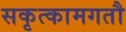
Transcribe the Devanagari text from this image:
सकृत्कामगतौ